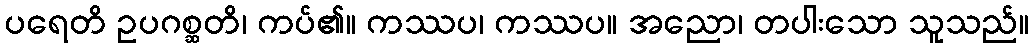
ပရေတိ ဥပဂစ္ဆတိ၊ ကပ်၏။ ကဿပ၊ ကဿပ။ အညော၊ တပါးသော သူသည်။